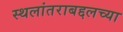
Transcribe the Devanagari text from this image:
स्थलांतराबद्दलच्या